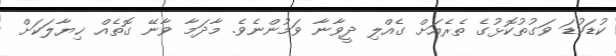
ކުޑަކުޑަ ވަގުތުކޮޅުގެ ތެރެއަށް ގެއްލި ދީވާނާ ވަމުންނެވެ. މާދަމާ ވާނޭ ގޮތެއް ޚިޔާލަކަށް